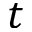
t